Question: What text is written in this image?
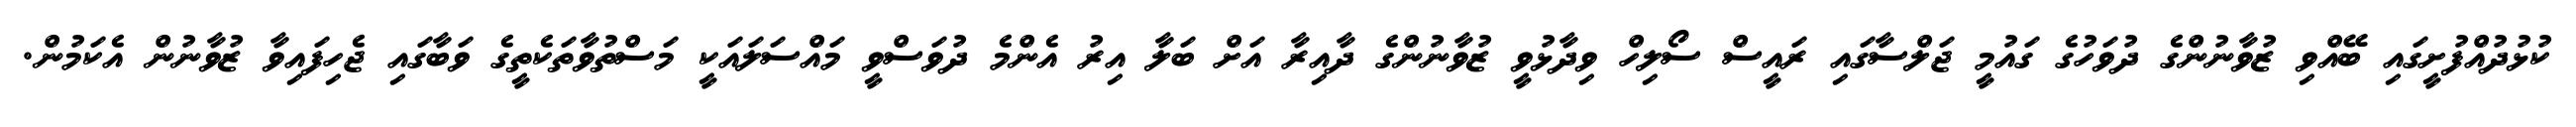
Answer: ކުޅުދުއްފުށީގައި ބޭއްވި ޒުވާނުންގެ ދުވަހުގެ ގައުމީ ޖަލްސާގައި ރައީސް ސޯލިހް ވިދާޅުވީ ޒުވާނުންގެ ދާއިރާ އަށް ބަލާ އިރު އެންމެ ދުވަސްވީ މައްސަލައަކީ މަސްތުވާތަކެތީގެ ވަބާގައި ޖެހިފައިވާ ޒުވާނުން އެކަމުން.